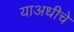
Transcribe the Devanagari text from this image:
याअधीचे